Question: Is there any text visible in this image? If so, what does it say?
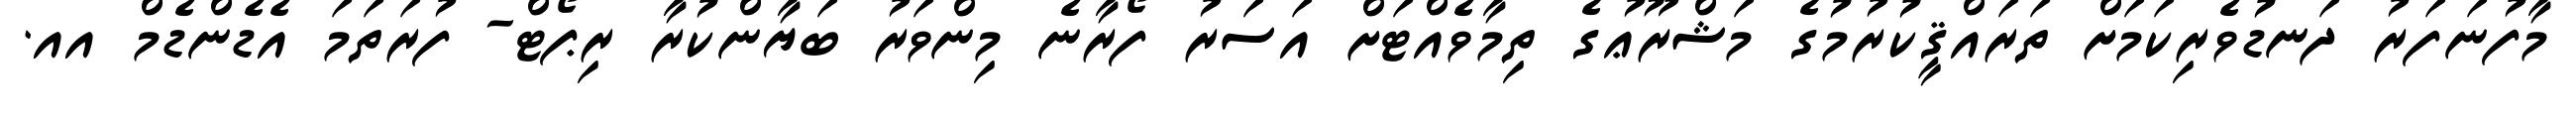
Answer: މާފުނަފަރު ދަނޑުވެރިކަމަށް ތަރައްޤީކުރުމުގެ މަޝްރޫޢުގެ ތިމާވެއްޓަށް އަސަރު ފޯރާނެ މިންވަރު ބަޔާންކުރާ ރިޕޯޓް- ފުރަތަމަ އެޑެންޑެމް އއ.